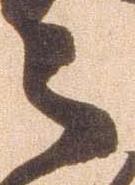
之